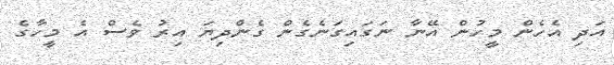
އަދި އެހެން މީހުން އޭނާ ނަގައިގަނެގެން ގެންދިޔަ އިރު ވެސް އެ މީހާގެ